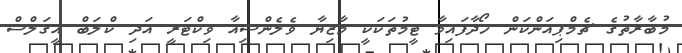
މުބާރާތުގެ ޗެމްޕިއަންކަން ހޯދާފައިވާ ޓީމުތަކަކީ މާޒިޔާ ވެލެންސިއާ ވިކްޓަރީ އަދި ކްލަބް އީގަލްސް